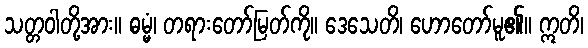
သတ္တဝါတို့အား။ ဓမ္မံ၊ တရားတော်မြတ်ကို။ ဒေသေတိ၊ ဟောတော်မူ၏။ ဣတိ၊